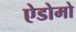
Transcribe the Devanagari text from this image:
ऐडोमो